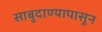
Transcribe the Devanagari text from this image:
साबुदाण्यापासून